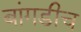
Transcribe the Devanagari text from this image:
बांगडीच